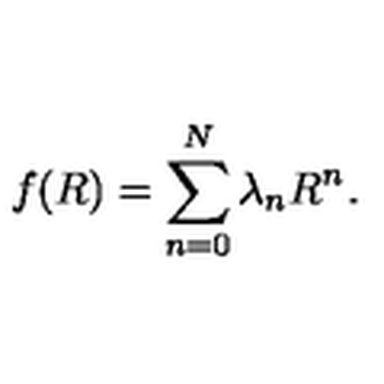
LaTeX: f ( R ) = \sum _ { n = 0 } ^ { N } \lambda _ { n } R ^ { n } .